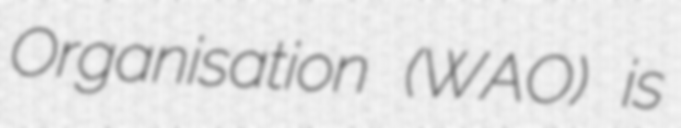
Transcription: Organisation (WAO) is